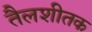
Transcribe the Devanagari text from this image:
तैलशीतक